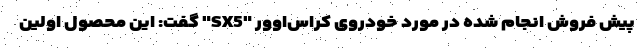
پیش فروش انجام شده در مورد خودروی کراس‌اوور "SX5" گفت: این محصول اولین